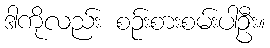
ဒါကိုလည်း စဉ်းစားစမ်းပါဦး။